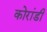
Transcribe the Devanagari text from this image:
कोरांडी